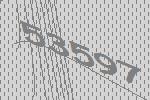
53597